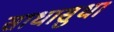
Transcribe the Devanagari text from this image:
साधासुधा